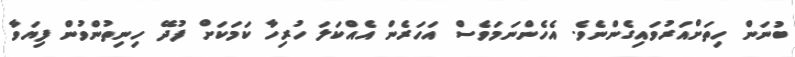
ބުނަން ހިތަށްއަރުވައިގެންނެވެ. އެހެންނަމަވެސް އަހަރެން އެއްކަލަ ހުރިހާ ކަމަކަށް ފުދޭ ހިނިތުންވުން ފިޔަވާ